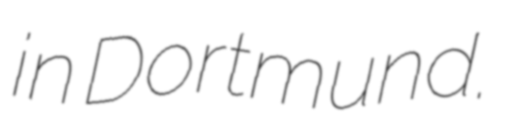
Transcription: in Dortmund.